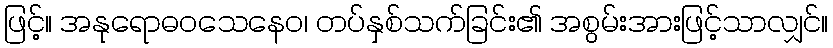
ဖြင့်။ အနုရောဓဝသေနေဝ၊ တပ်နှစ်သက်ခြင်း၏ အစွမ်းအားဖြင့်သာလျှင်။